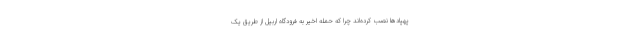
پهپادها نصب کرده‌اند چرا که حمله اخیر به فرودگاه اربیل از طریق یک